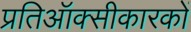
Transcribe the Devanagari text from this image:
प्रतिऑक्सीकारकों